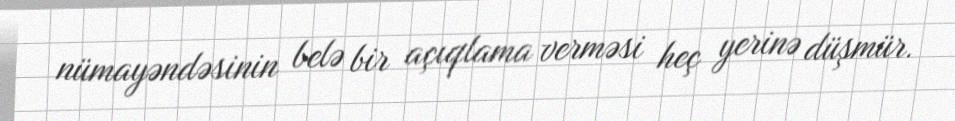
nümayəndəsinin belə bir açıqlama verməsi heç yerinə düşmür.